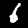
Label: 6